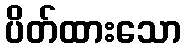
ပိတ်ထားသော